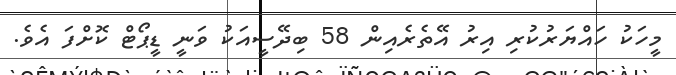
މީހަކު ހައްޔަރުކުރި އިރު އޭތެރެއިން 58 ބިދޭސީއަކު ވަނީ ޑީޕޯޓް ކޮށްފަ އެވެ.